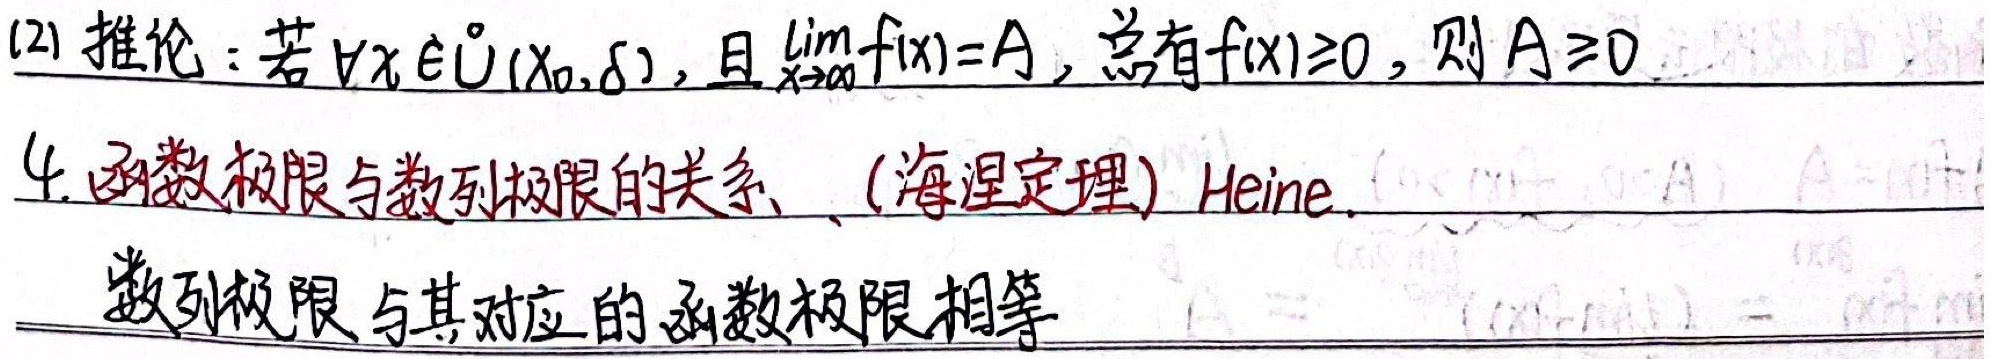
(2) 推论：若$\forall x\in\mathring{U}(x_0,\delta)$，且$\lim_{x \to x_0} f(x)=A$，总有$f(x)\geq0$，则$A\geq0$
4. 函数极限与数列极限的关系 （海涅定理）Heine.
数列极限与其对应的函数极限相等